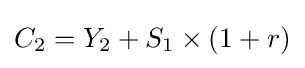
C_{2}=Y_{2}+S_{1}\times (1+r)